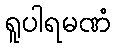
ရူပါရမဏံ